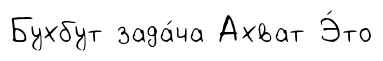
Бухбут зада́ча Ахват Э́то